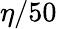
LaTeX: \eta/50